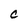
Character: C